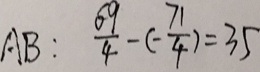
A B : \frac { 6 9 } { 4 } - ( - \frac { 7 1 } { 4 } ) = 3 5